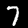
Label: 7